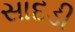
સાદડી